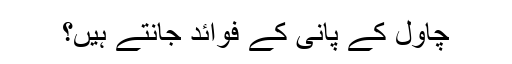
چاول کے پانی کے فوائد جانتے ہیں؟